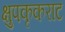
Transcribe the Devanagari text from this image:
क्षुपकृकराट